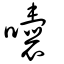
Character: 囔